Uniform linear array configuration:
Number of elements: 24
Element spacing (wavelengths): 0.5
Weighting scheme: cosine
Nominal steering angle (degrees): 60
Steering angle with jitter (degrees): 59.821
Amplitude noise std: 0.05
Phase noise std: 0.05

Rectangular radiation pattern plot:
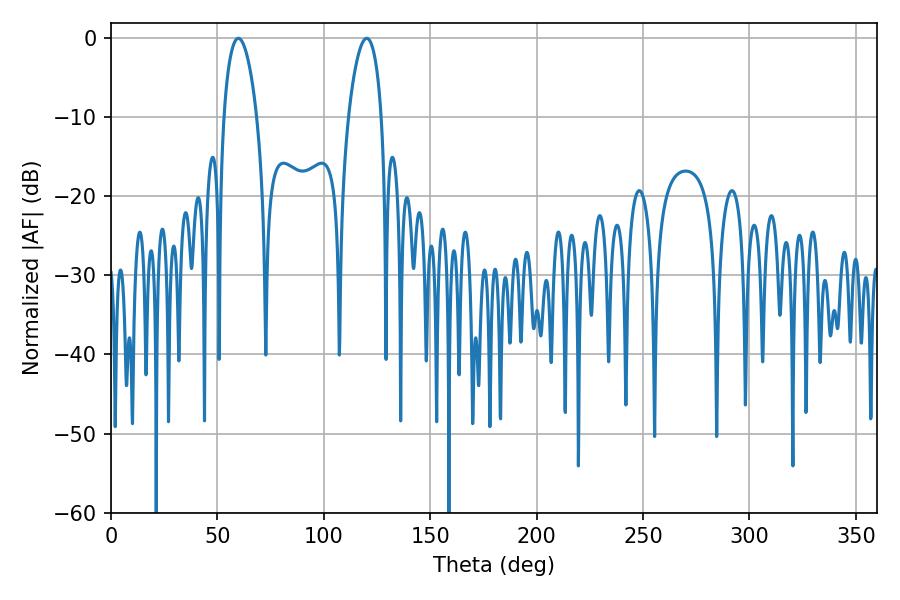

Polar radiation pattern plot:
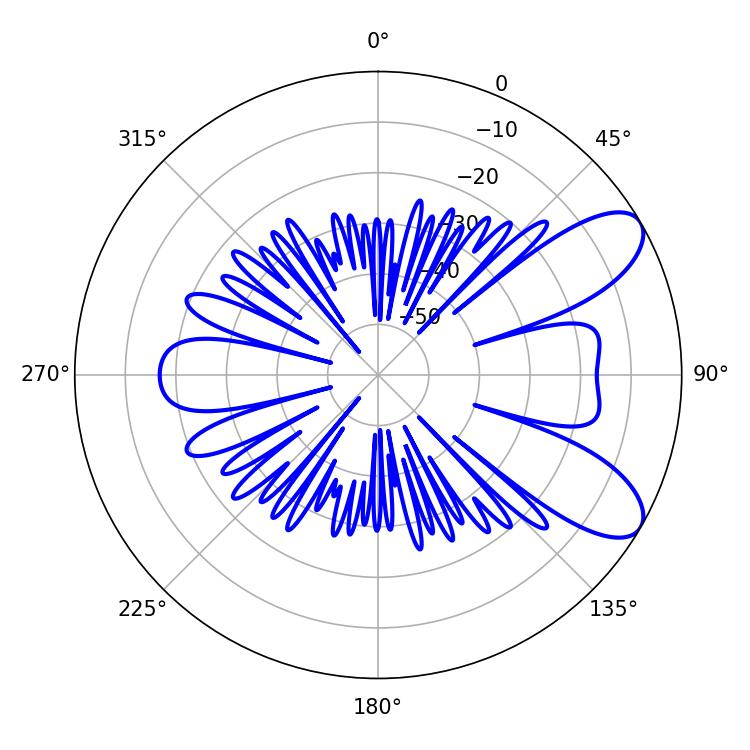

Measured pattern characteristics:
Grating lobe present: FALSE
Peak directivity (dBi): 8.461
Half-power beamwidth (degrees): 8.64
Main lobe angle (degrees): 59.76